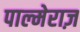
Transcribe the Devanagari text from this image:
पाल्मेराज़